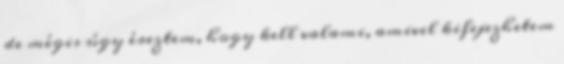
de mégis úgy éreztem, hogy kell valami, amivel kifejezhetem